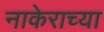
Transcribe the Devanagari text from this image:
नाकेराच्या